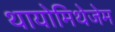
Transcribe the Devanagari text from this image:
थायोमिथेजेम